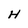
Character: H